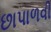
છાપાળવી